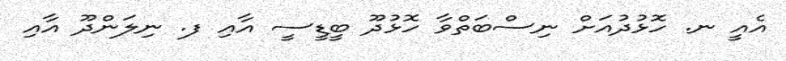
އެއީ ނ. ހޮޅުދުއަށް ނިސްބަތްވާ ހޮޅުދޫ ބީޑީސީ އާއި ފ. ނިލަންދޫ އާއި